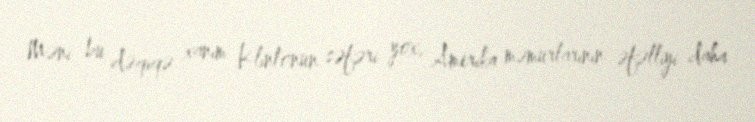
Məni bu dəqiqə xanım Klintonun səfəri yox, Amerika məmurlarının əfəlliyi daha